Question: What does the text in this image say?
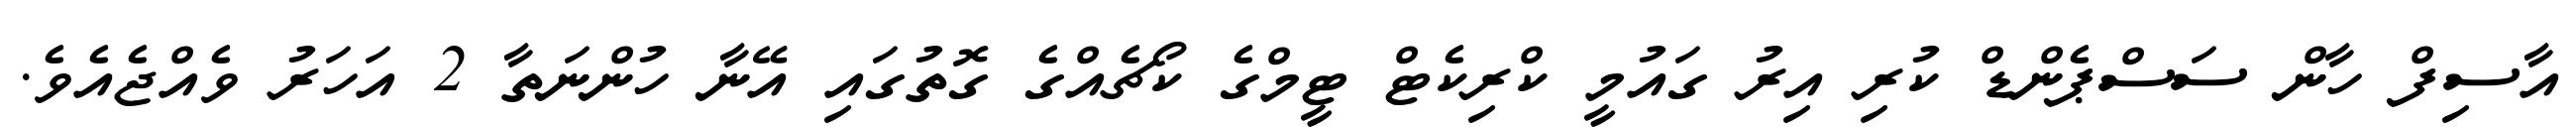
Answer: އާސިފް ހާން ސަސްޕެންޑް ކުރި އިރު ގައުމީ ކްރިކެޓް ޓީމްގެ ކޯޗެއްގެ ގޮތުގައި އޭނާ ހުންނަތާ 2 އަހަރު ވެއްޖެއެވެ.